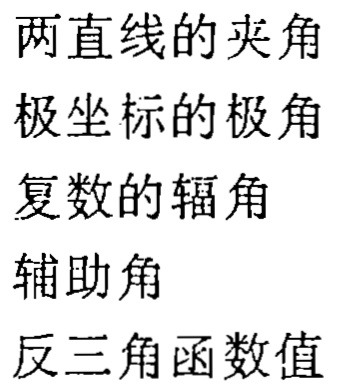
两直线的夹角
极坐标的极角
复数的辐角
辅助角
反三角函数值